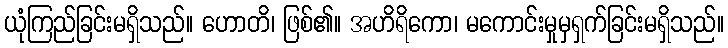
ယုံကြည်ခြင်းမရှိသည်။ ဟောတိ၊ ဖြစ်၏။ အဟိရိကော၊ မကောင်းမှုမှရှက်ခြင်းမရှိသည်။